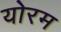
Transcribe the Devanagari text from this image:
योरम